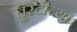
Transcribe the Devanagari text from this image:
तुरटीच्या